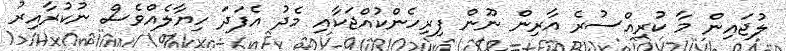
ލުޖައިން މާ ކުރިއްސުރެ އާރިން ނޫން ފިރިހެންކުއްޖަކާއި މެދު އެފަދަ ހިޔާލެއްވެސް ނުކުރާއިރު